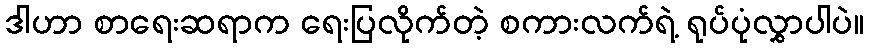
ဒါဟာ စာရေးဆရာက ရေးပြလိုက်တဲ့ စကားလက်ရဲ့ ရုပ်ပုံလွှာပါပဲ။